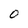
Character: O